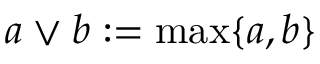
a \vee b : = \operatorname* { m a x } \{ a , b \}